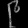
Digit: ၉